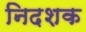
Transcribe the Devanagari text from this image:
निदशक